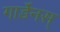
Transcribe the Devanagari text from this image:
गार्डेनस्